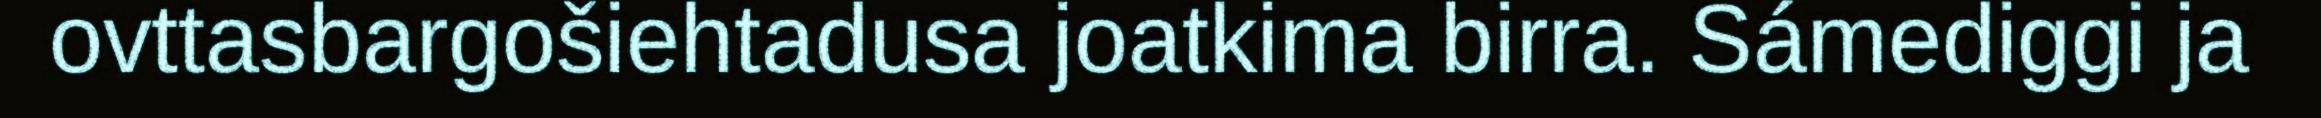
ovttasbargošiehtadusa joatkima birra. Sámediggi ja